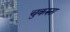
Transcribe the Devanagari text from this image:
चुकरुस